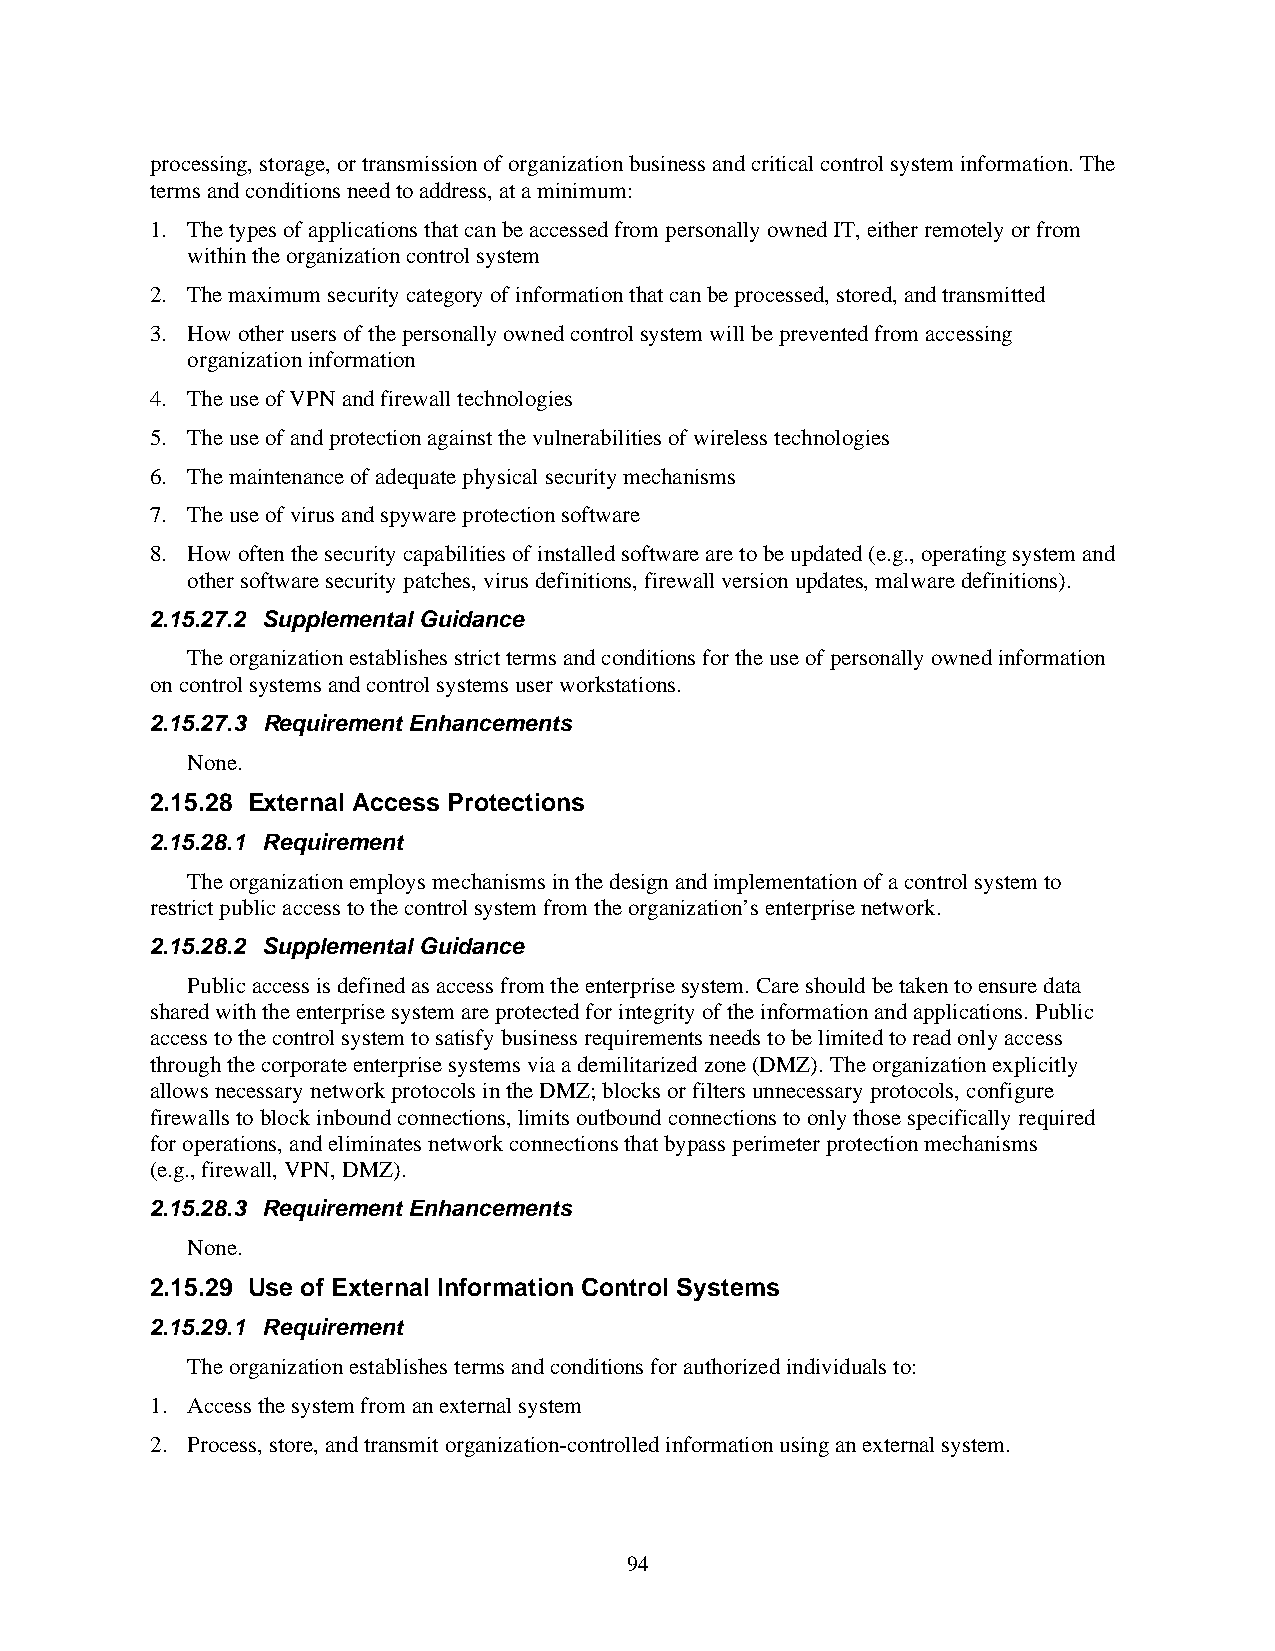
processing, storage, or transmission of organization business and critical control system information. The
 terms and conditions need to address, at a minimum:
 1. The types of applications that can be accessed from personally owned IT, either remotely or from
 within the organization control system
 2. The maximum security category of information that can be processed, stored, and transmitted
 3. How other users of the personally owned control system will be prevented from accessing
 organization information
 4. The use of VPN and firewall technologies
 5. The use of and protection against the vulnerabilities of wireless technologies
 6. The maintenance of adequate physical security mechanisms
 7. The use of virus and spyware protection software
 8. How often the security capabilities of installed software are to be updated (e.g., operating system and
 other software security patches, virus definitions, firewall version updates, malware definitions).
 2.15.27.2 Supplemental Guidance
 The organization establishes strict terms and conditions for the use of personally owned information
 on control systems and control systems user workstations.
 2.15.27.3 Requirement Enhancements
 None.
 2.15.28 External Access Protections
 2.15.28.1 Requirement
 The organization employs mechanisms in the design and implementation of a control system to
 restrict public access to the control system from the organization’s enterprise network.
 2.15.28.2 Supplemental Guidance
 Public access is defined as access from the enterprise system. Care should be taken to ensure data
 shared with the enterprise system are protected for integrity of the information and applications. Public
 access to the control system to satisfy business requirements needs to be limited to read only access
 through the corporate enterprise systems via a demilitarized zone (DMZ). The organization explicitly
 allows necessary network protocols in the DMZ; blocks or filters unnecessary protocols, configure
 firewalls to block inbound connections, limits outbound connections to only those specifically required
 for operations, and eliminates network connections that bypass perimeter protection mechanisms
 (e.g., firewall, VPN, DMZ).
 2.15.28.3 Requirement Enhancements
 None.
 2.15.29 Use of External Information Control Systems
 2.15.29.1 Requirement
 The organization establishes terms and conditions for authorized individuals to:
 1. Access the system from an external system
 2. Process, store, and transmit organization-controlled information using an external system.
 94